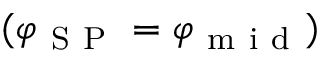
( \varphi _ { \mathrm { ~ S ~ P ~ } } = \varphi _ { \mathrm { ~ m ~ i ~ d ~ } } )